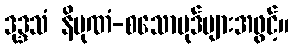
ဒုဒ္ဒသံ နိပုဏံ-စသောပုဒ်များအဖွင့်။